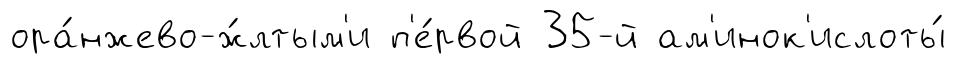
ора́нжево-ж́лтым'и п'е́рвой 35-й ам'инок'ислоты́